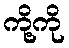
ကို့ကို